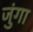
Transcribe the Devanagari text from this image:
जुंगा